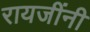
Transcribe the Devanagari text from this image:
रायजींनी